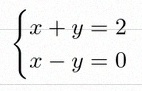
\begin{cases}x+y=2\\x-y=0\end{cases}